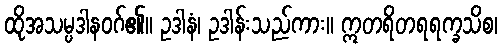
ထိုအသမ္ပဒါနဝဂ်၏။ ဥဒါနံ၊ ဥဒါန်းသည်ကား။ ဣတရိတရရက္ခသိစ၊